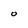
Character: O